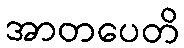
အာတပေတိ